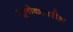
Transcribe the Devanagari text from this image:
भूलोकावरील